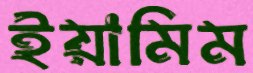
ইয়ামিম